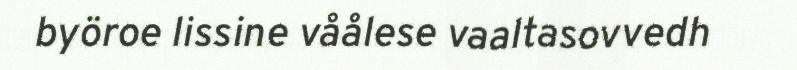
byöroe lissine våålese vaaltasovvedh